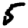
Digit: 5